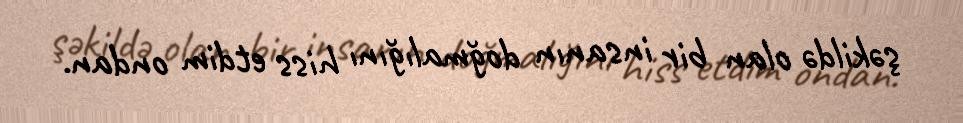
şəkildə olan bir insanın doğmalığını hiss etdim ondan.